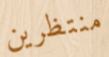
منتظرين